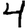
Digit: 4